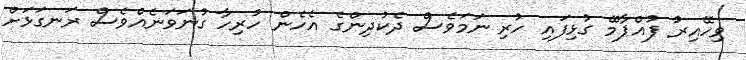
ވިހޭއިރު ފުއްޕާމޭ ގުޅިފައި ހުރި ނަމަވެސް ދެކުދިންގެ އެހެން ހުރިހާ ގުނަވަނެއްވެސް ރަނގަޅަށް